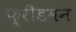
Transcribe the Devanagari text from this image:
फ़्रीडमन